Civil Veterinary Dept. North-West Frontier Province 1901-22 - 1901-1922
Year: 1901
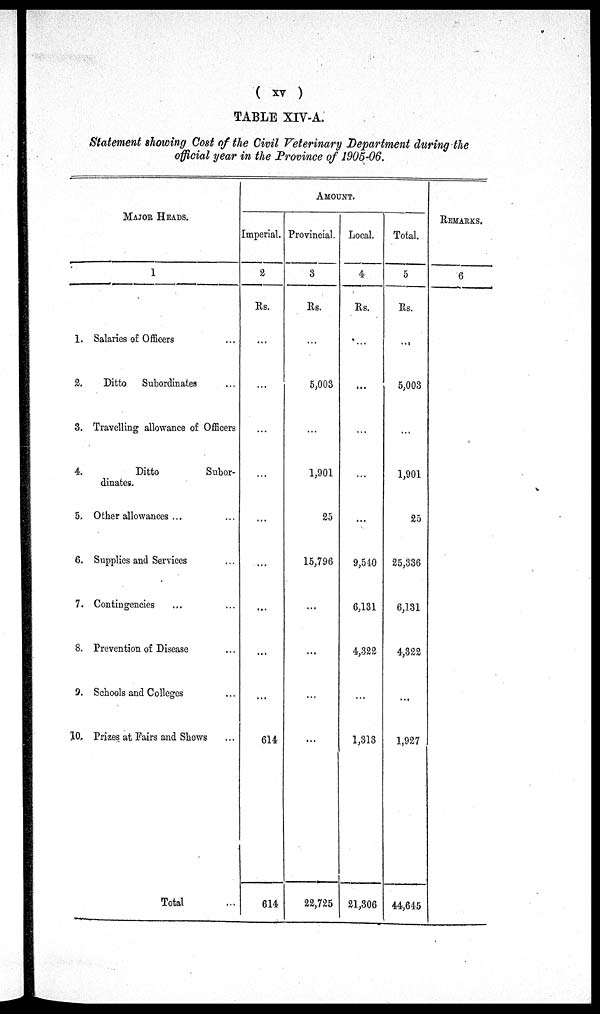
( xv )
TABLE XIV-A.
Statement showing Cost of the Civil Veterinary Department during the
official year in the Province of 1905-06.
MAJOR HEADS.
1
1. Salaries of Officers ...
2.
Ditto Subordinates ...
3. Travelling allowance of Officers
4.
Ditto
Subor-
dinates.
5. Other allowances ...
6. Supplies and Services ...
7. Contingencies ... ...
8. Prevention of Disease ...
9. Schools and Colleges ...
10. Prizes at Fairs and Shows ...
Total ...
AMOUNT.
Imperial.
2
Rs.
...
...
...
...
...
...
...
...
...
614
614
Provincial.
3
Rs.
...
5,003
...
1,901
25
15,796
...
...
...
...
22,725
Local.
4
Rs.
...
...
...
...
...
9,540
6,131
4,322
...
1,313
21,306
Total.
5
Rs.
...
5,003
...
1,901
25
25,336
6,131
4,322
...
1,927
44,645
REMARKS.
6